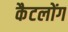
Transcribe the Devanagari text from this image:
कैटलोंग